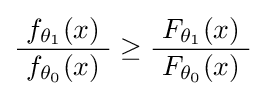
{\frac {f_{\theta _{1}}(x)}{\ f_{\theta _{0}}(x)\ }}\geq {\frac {F_{\theta _{1}}(x)}{\ F_{\theta _{0}}(x)\ }}\